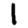
Digit: 1